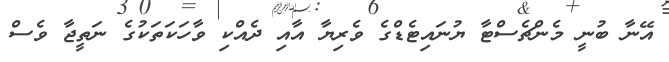
އޭނާ ބުނީ މެންޗެސްޓާ ޔުނައިޓެޑްގެ ވެރިޔާ އާއި ދެއްކި ވާހަކަތަކުގެ ނަތީޖާ ވެސް